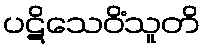
ပဋိသေဝိံသူတိ